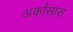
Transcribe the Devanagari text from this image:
अर्कांसास